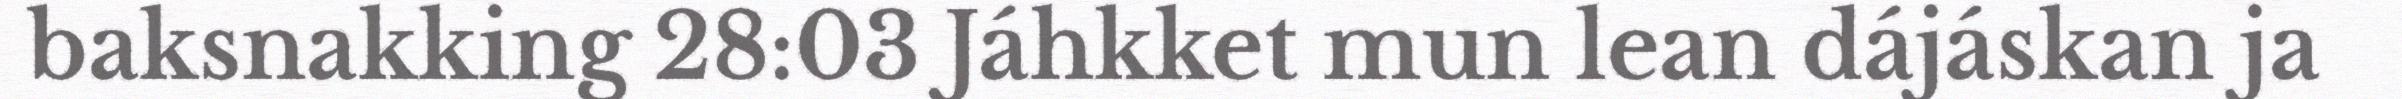
baksnakking 28:03 Jáhkket mun lean dájáskan ja